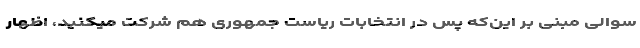
سوالی مبنی بر این‌که پس در انتخابات ریاست جمهوری هم شرکت میکنید، اظهار